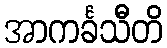
အာကင်္ခသီတိ